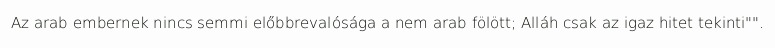
Az arab embernek nincs semmi előbbrevalósága a nem arab fölött; Alláh csak az igaz hitet tekinti"".